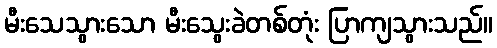
မီးသေသွားသော မီးသွေးခဲတစ်တုံး ပြာကျသွားသည်။